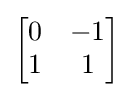
{\begin{bmatrix}0&-1\\1&1\end{bmatrix}}